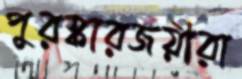
পুরস্কারজয়ীরা